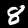
Label: 8